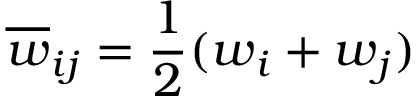
\overline { { \boldsymbol { w } } } _ { i j } = \frac { 1 } { 2 } ( \boldsymbol { w } _ { i } + \boldsymbol { w } _ { j } )